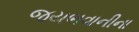
જયભવાનીના